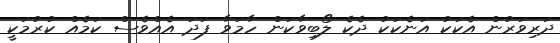
ދަރިވަރުން އެކަކު އަނެކަކު ދެކެ ލޯބިވާކަން ހާމަވާ ފަދަ އެއްވެސް ކަމެއް ކުރުމަކީ